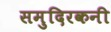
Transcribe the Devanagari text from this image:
समुदिरकनी